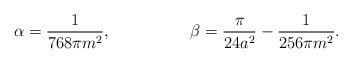
\begin{align*}\alpha=\frac{1}{768\pi m^{2}} ,\hspace{2cm} \beta=\frac{\pi}{24a^{2}} -\frac{1}{256\pi m^{2}} .\end{align*}